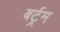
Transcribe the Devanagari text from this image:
बर्ट्रम